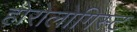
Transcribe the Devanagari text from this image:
होरोलोगिस्ट